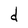
Character: d